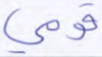
قومي